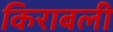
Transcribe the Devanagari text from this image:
किराबली